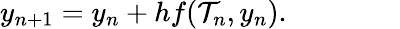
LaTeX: y_{n+1}=y_{n}+hf(\mathcal{T}_{n},y_{n}).\qquad\qquad